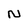
Character: N